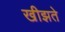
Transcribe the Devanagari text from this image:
खीझते